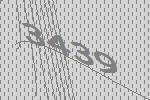
3439